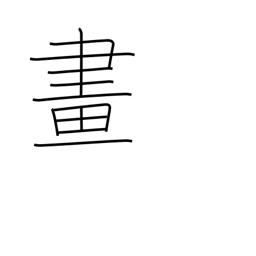
Meaning: drawing